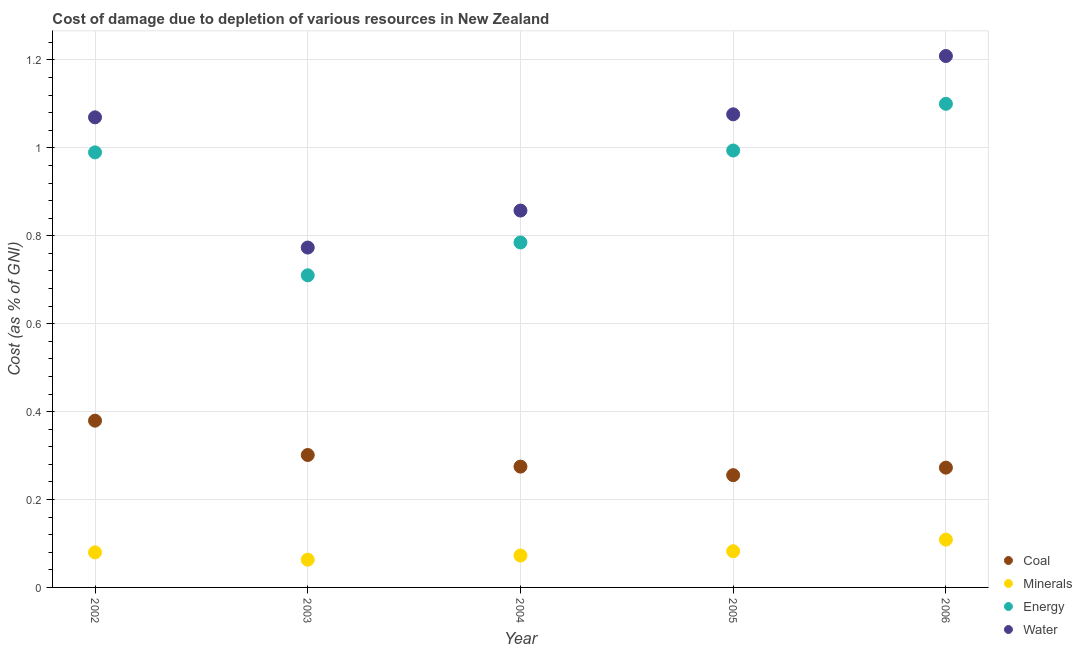
| Year | Coal | Minerals | Energy | Water |
 | --- | --- | --- | --- | --- |
 | 2002 | 0.379 | 0.0798 | 0.99 | 1.07 |
 | 2003 | 0.301 | 0.0632 | 0.71 | 0.773 |
 | 2004 | 0.275 | 0.0726 | 0.785 | 0.857 |
 | 2005 | 0.255 | 0.0823 | 0.994 | 1.08 |
 | 2006 | 0.273 | 0.109 | 1.1 | 1.21 |